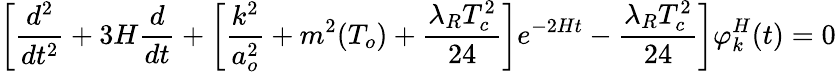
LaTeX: \left[\frac{d^{2}}{dt^{2}}+3H\frac{d}{dt}+\left[\frac{k^{2}}{a_{o}^{2}}+m^{2}(T_{o})+\frac{\lambda_{R}T_{c}^{2}}{24}\right]e^{-2Ht}-\frac{\lambda_{R}T_{c}^{2}}{24}\right]\varphi_{k}^{H}(t)=0